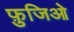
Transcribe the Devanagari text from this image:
फ़ुजिओ